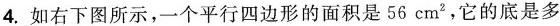
4. 如右下图所示，一个平行四边形的面积是56em^{2}，它的底是多